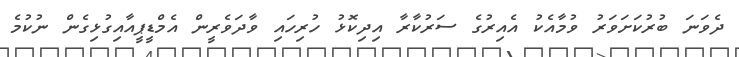
ދެވަނަ ބުރުކަށަވަރު ވުމާއެކު އެއިރުގެ ސަރުކާރާ އިދިކޮޅު ހުރިހައި ވާދަވެރީން އެމްޑީޕީއާއިގުޅިގެން ނުކުމެ